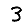
Digit: 3